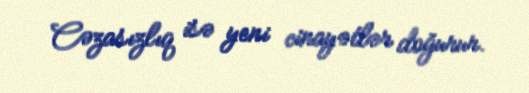
Cəzasızlıq isə yeni cinayətlər doğurur.